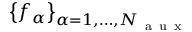
\left\{ f _ { \alpha } \right\} _ { \alpha = 1 , \dots , N _ { \mathrm { ~ a ~ u ~ x ~ } } }